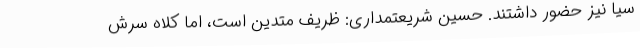
سیا نیز حضور داشتند. حسین شریعتمداری: ظریف متدین است، اما کلاه سرش